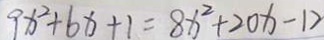
9 x ^ { 2 } + 6 x + 1 = 8 x ^ { 2 } + 2 0 x - 1 2